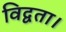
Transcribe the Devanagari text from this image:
विद्वता।